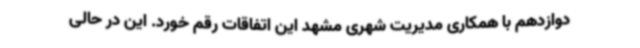
دوازدهم با همکاری مدیریت شهری مشهد این اتفاقات رقم خورد. این در حالی